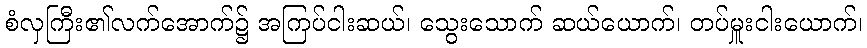
စံလှကြီး၏လက်အောက်၌ အကြပ်ငါးဆယ်၊ သွေးသောက် ဆယ်ယောက်၊ တပ်မှူးငါးယောက်၊